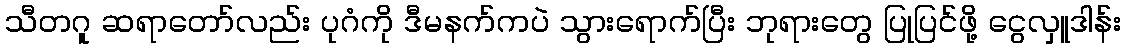
သီတဂူ ဆရာတော်လည်း ပုဂံကို ဒီမနက်ကပဲ သွားရောက်ပြီး ဘုရားတွေ ပြုပြင်ဖို့ ငွေလှူဒါန်း